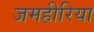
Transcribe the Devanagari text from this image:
जमहीरिया